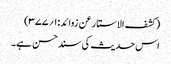
(کشف الاستار عن زوائد:۱؍۳۷۷)
اس حدیث کی سند حسن ہے۔